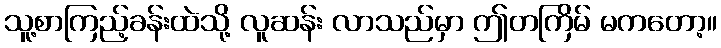
သူ့စာကြည့်ခန်းထဲသို့ လူဆန်း လာသည်မှာ ဤတကြိမ် မကတော့။